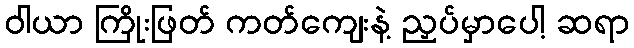
ဝါယာ ကြိုးဖြတ် ကတ်ကျေးနဲ့ ညှပ်မှာပေါ့ ဆရာ